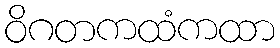
ဝိဂတကထံကထာ